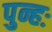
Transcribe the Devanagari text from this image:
पुन्हः